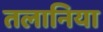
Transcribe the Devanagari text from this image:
तलानिया